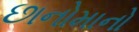
છાનોમાનો